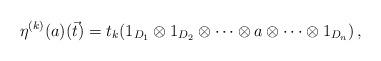
LaTeX: \begin{align*}\eta^{(k)}(a)(\vec{t}) = t_k (1_{D_{1}} \otimes 1_{D_{2}} \otimes \cdots \otimes a \otimes \cdots \otimes 1_{D_{n}})\, ,\end{align*}